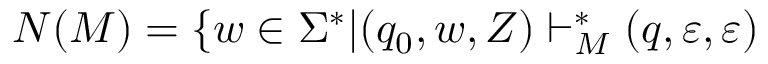
N ( M ) = \{ w \in \Sigma ^ { * } | ( q _ { 0 } , w , Z ) \vdash _ { M } ^ { * } ( q , \varepsilon , \varepsilon )